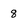
Character: 8